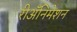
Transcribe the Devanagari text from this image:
रीअॅनिमेशन